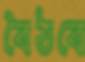
বৈঠবে